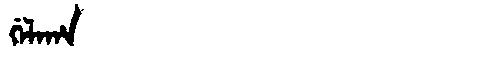
Manchu: ᡤᡝᠯᠠᡥᠠ
Romanization: GELAHA